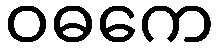
ဝဓကေ